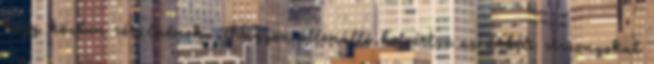
hogy közben sérülnének. Nagyon ellenálló beleértve az űrbéli viszonyokat